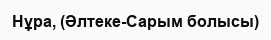
Нұра, (Әлтеке-Сарым болысы)